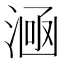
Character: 㴠